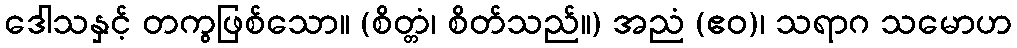
ဒေါသနှင့် တကွဖြစ်သော။ (စိတ္တံ၊ စိတ်သည်။) အညံ (ဧဝ)၊ သရာဂ သမောဟ